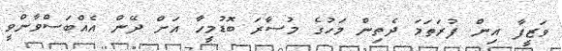
ވަޒީފާ އިން ފުރަތަމަ ދެތިން މަހުގެ މުސާރަ ބޮޑުމީހާ އަށް ދޭން އެއްބަސްވާންވީ